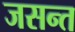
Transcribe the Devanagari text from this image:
जसन्त